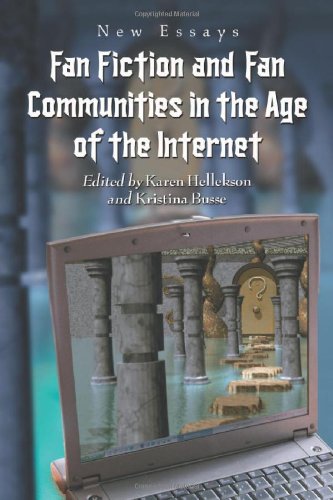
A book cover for Fan Fiction and Fan Communities in the Age of the Internet: New Essays; Science Fiction & Fantasy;